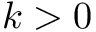
k > 0